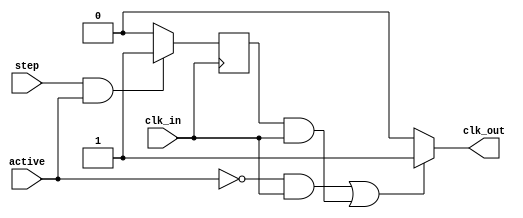
module clk_stepper (

	input clk_in,
	input active,
	input step,
	
	output clk_out

);

reg step_lock;

assign clk_out = (!active && clk_in) || (step_lock && clk_in) ? 1'b1 : 1'b0;

always @(negedge clk_in) begin

	if(step && active) begin
		step_lock <= 1'b1;	
	end else
		step_lock <= 1'b0;

end 

endmodule